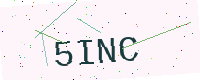
Text: 5INC